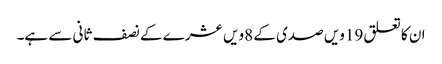
ان کا تعلق 19ویں صدی کے 8ویں عشرے کے نصف ثانی سے ہے۔